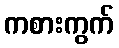
ကစားကွက်